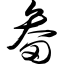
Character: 畚